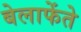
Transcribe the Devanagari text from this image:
बेलाफेंते